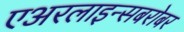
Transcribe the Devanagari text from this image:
एअरलाइन्सबरोबर